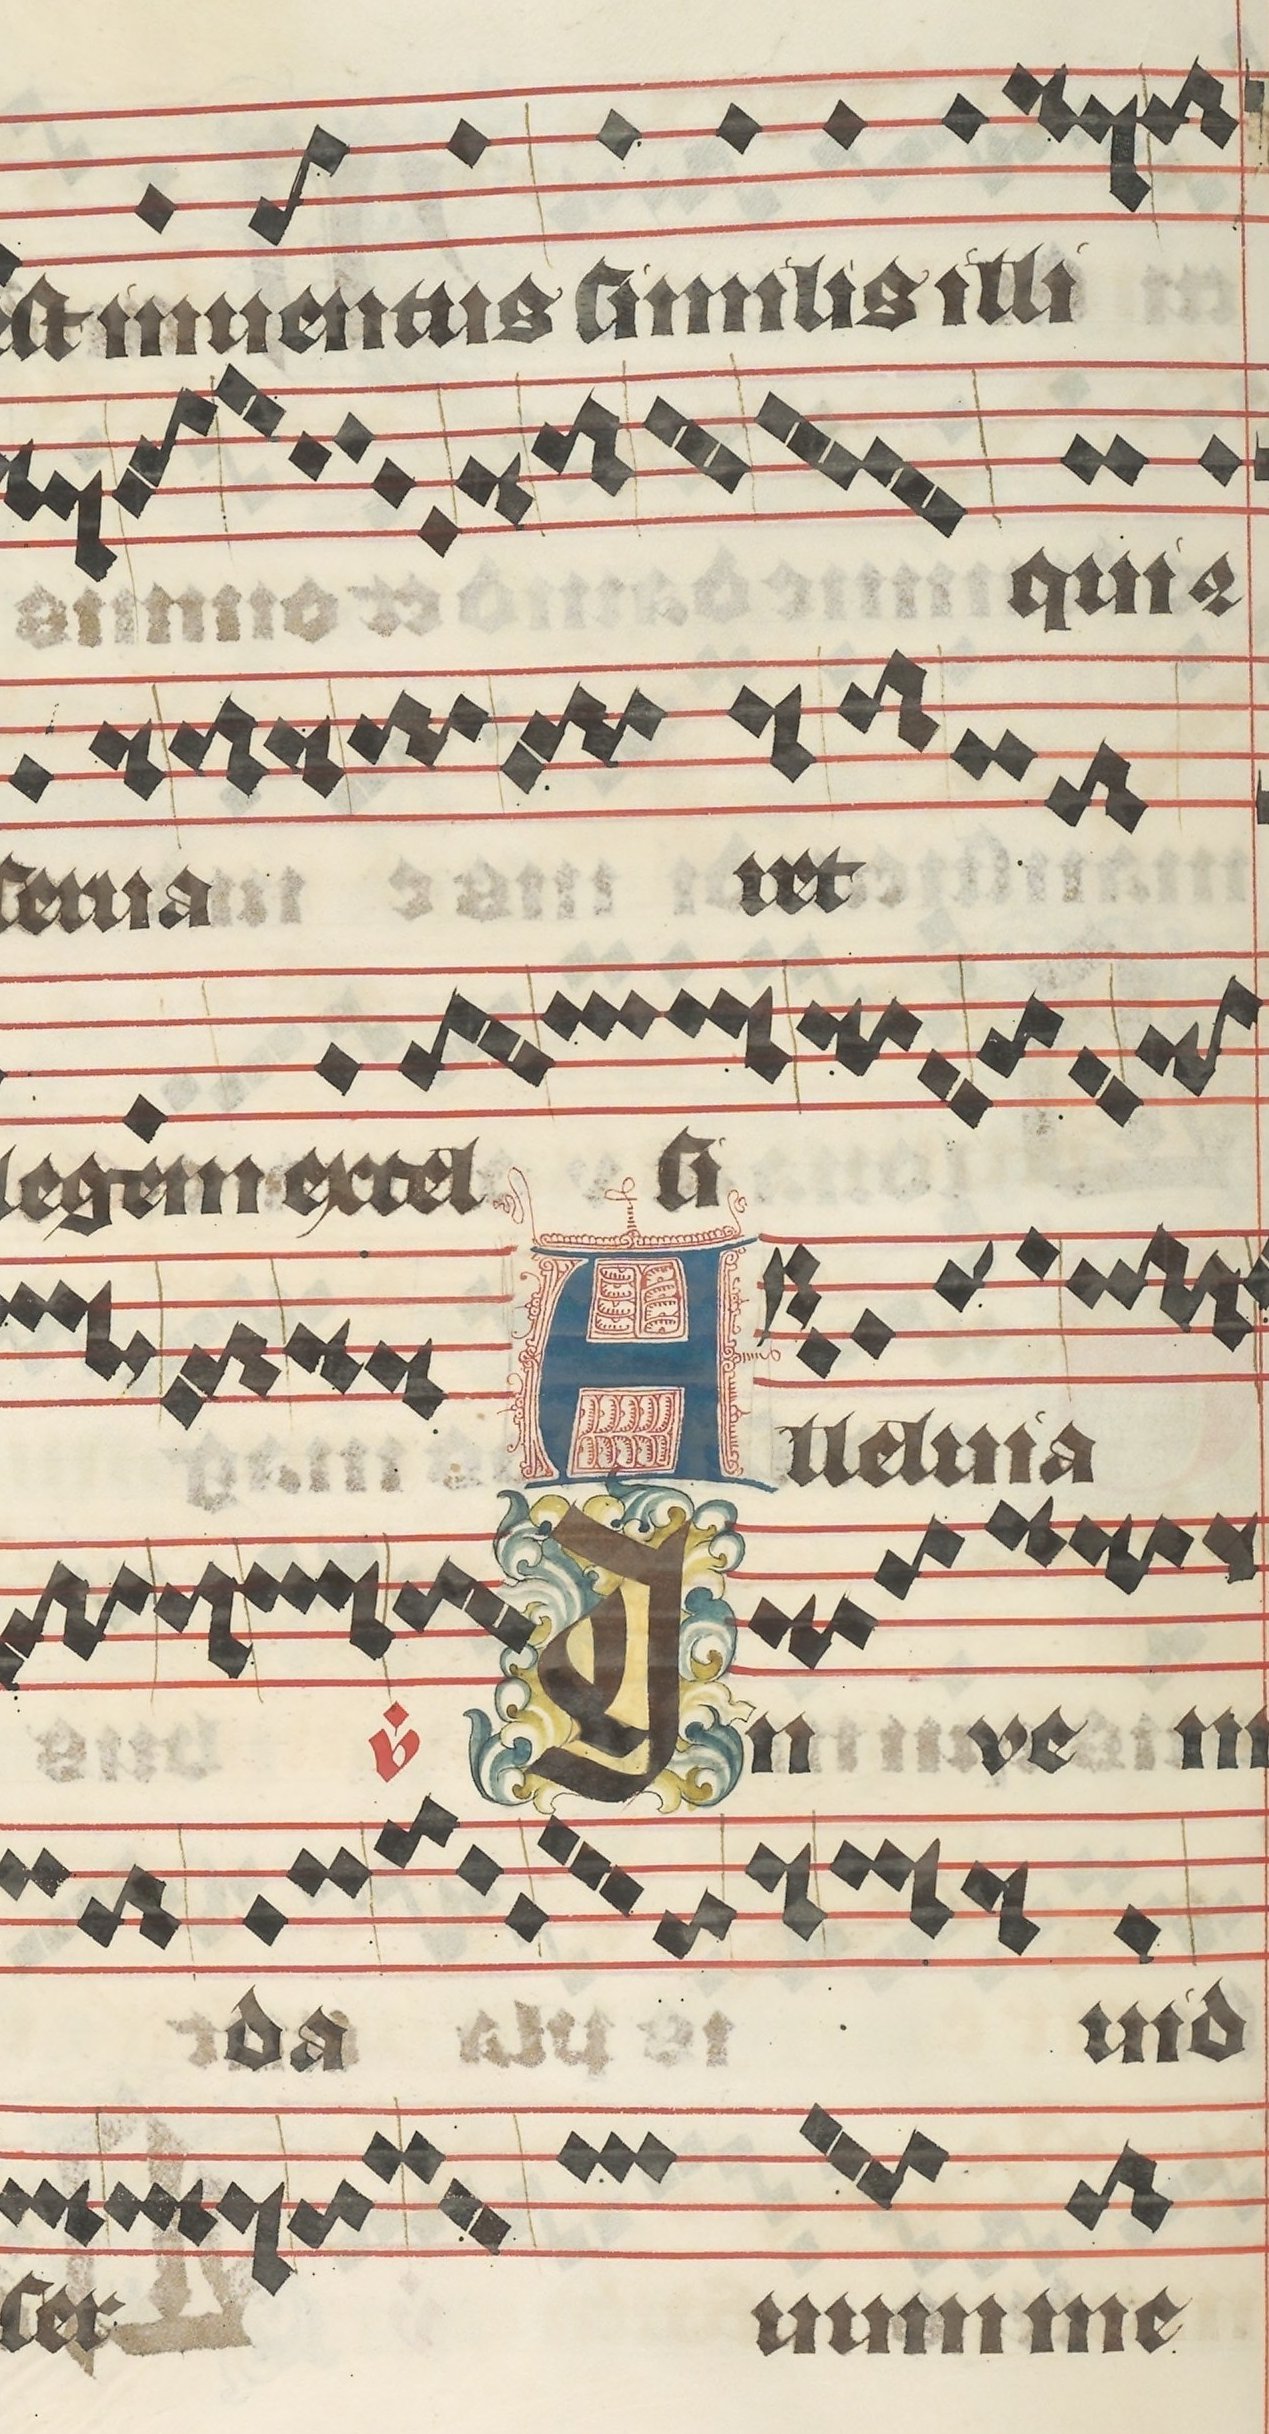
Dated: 1395–1425